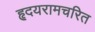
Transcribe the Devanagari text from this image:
हृदयरामचरित